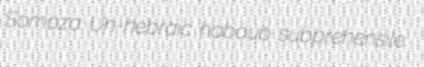
Somoza Un-hebraic haboub subprehensile